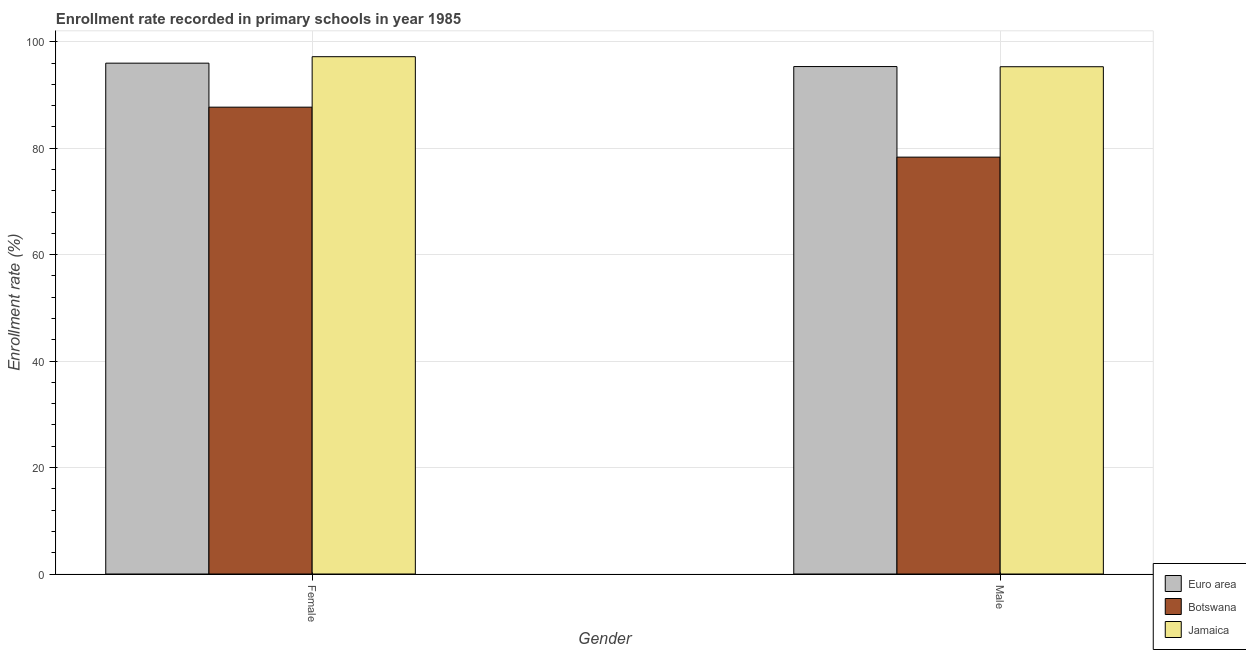
| Gender | Euro area | Botswana | Jamaica |
 | --- | --- | --- | --- |
 | Female | 96 | 87.7 | 97.2 |
 | Male | 95.4 | 78.3 | 95.3 |